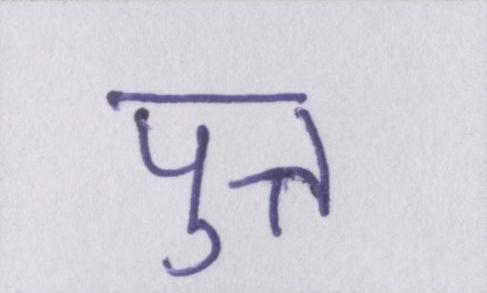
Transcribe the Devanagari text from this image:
पुत्त